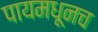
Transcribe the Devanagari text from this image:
पायमधूनच